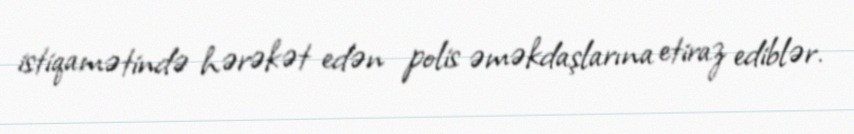
istiqamətində hərəkət edən polis əməkdaşlarına etiraz ediblər.